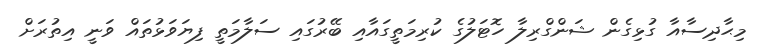
މިޙާދިސާއާ ގުޅިގެން ޝަންގްރިލާ ހޮޓަލުގެ ކުރިމަތީގައާއި ބޭރުގައި ސަލާމަތީ ފިޔަވަޅުތައް ވަނީ އިތުރަށް